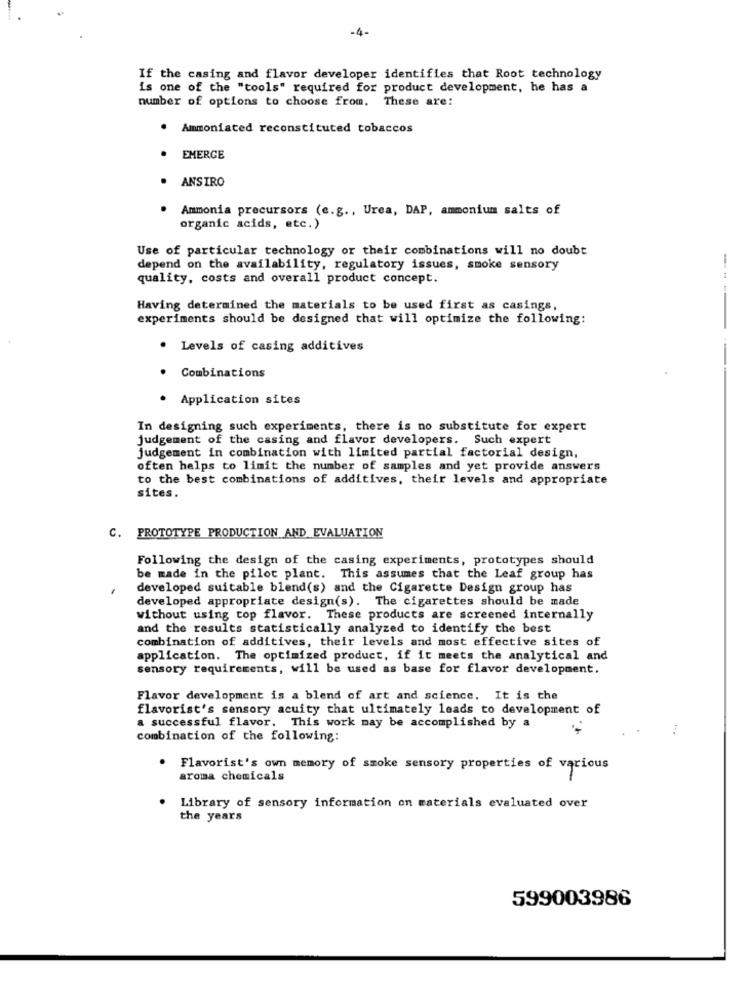
-4-
If the casing and flavor developer identifies that Root technology
is one of the "tools" required for product development, he has a
number of options to choose from. These are:
· Ammoniated reconstituted tobaccos
· EMERGE
ANSIRO
. Ammonia precursors (e.g ., Urea, DAP, ammonium salts of
organic acids, etc.)
Use of particular technology or their combinations will no doubt
depend on the availability, regulatory issues, smoke sensory
quality, costs and overall product concept.
Having determined the materials to be used first as casings,
experiments should be designed that will optimize the following:
· Levels of casing additives
Combinations
------
· Application sites
In designing such experiments, there is no substitute for expert
judgement of the casing and flavor developers. Such expert
judgement in combination with limited partial factorial design,
often helps to limit the number of samples and yet provide answers
to the best combinations of additives, their levels and appropriate
sites.
C. PROTOTYPE PRODUCTION AND EVALUATION
Following the design of the casing experiments, prototypes should
be made in the pilot plant. This assumes that the Leaf group has
developed suitable blend(s) and the Cigarette Design group has
developed appropriate design(s). The cigarettes should be made
without using top flavor. These products are screened internally
and the results statistically analyzed to identify the best
combination of additives, their levels and most effective sites of
application. The optimized product, if it meets the analytical and
sensory requirements, will be used as base for flavor development.
Flavor development is a blend of art and science. It is the
flavorist's sensory acuity that ultimately leads to development of
a successful flavor. This work may be accomplished by a
combination of the following:
Flavorist's own memory of smoke sensory properties of various
aroma chemicals
Library of sensory information on materials evaluated over
the years
599003986